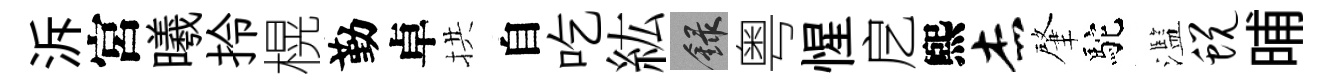
泝宮曦拎榥勤卓拱自吃紘録粤惺戹煕杰肇駝濫蜕晡